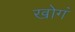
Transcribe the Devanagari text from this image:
खोगं